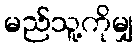
မည်သူ့ကိုမျှ